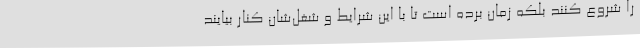
را شروع کنند بلکه زمان برده است تا با این شرایط و شغل‌شان کنار بیایند